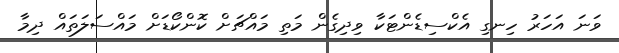
ވަނަ އަހަރު ހިނގި އެކްސިޑެންޓަކާ ވިދިގެން މަތި މައްޗަށް ކޮންކޯޑަށް މައްސަލަތައް ދިމާ